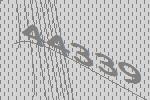
44339